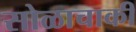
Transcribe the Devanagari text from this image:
सोळाचाकी